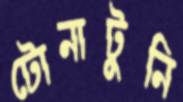
টোনাটুনি